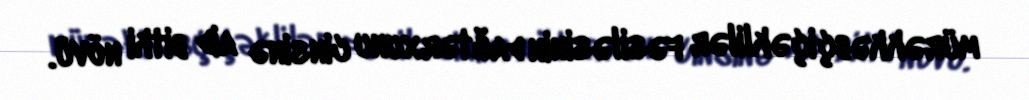
mürəkkəbçiçəklilər fəsiləsinin dağtərxunu cinsinə aid bitki növü.